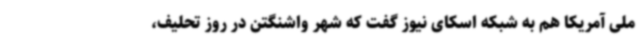
ملی آمریکا هم به شبکه اسکای ‌نیوز گفت که شهر واشنگتن در روز تحلیف،